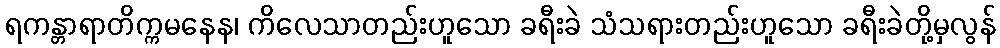
ရကန္တာရာတိက္ကမနေန၊ ကိလေသာတည်းဟူသော ခရီးခဲ သံသရားတည်းဟူသော ခရီးခဲတို့မှလွန်